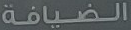
الضيافة